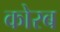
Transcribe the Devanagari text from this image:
कोरब